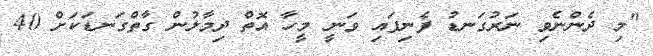
"މި ދެންނެވި ނަރުގަނޑު ފެނިފައި ވަނީ މީހާ އޮތް ދިމާލުން ގާތްގަނޑަކަށް 40